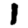
Digit: 1